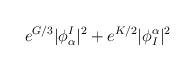
LaTeX: \begin{align*}e^{G/3}|\phi^I_\alpha|^2 + e^{K/2}|\phi_I^\alpha|^2\end{align*}